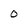
Character: o